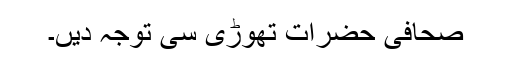
صحافی حضرات تھوڑی سی توجہ دیں۔